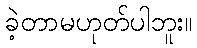
ခဲ့တာမဟုတ်ပါဘူး။